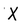
Character: X